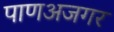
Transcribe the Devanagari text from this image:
पाणअजगर